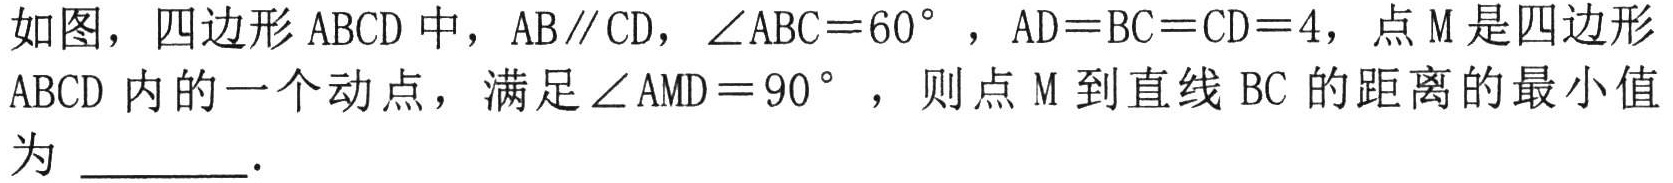
如图，四边形 \(ABCD\) 中，\(AB\parallel CD\)，\(\angle ABC = 60^{\circ}\)，\(AD = BC = CD = 4\)，点 \(M\) 是四边形 \(ABCD\) 内的一个动点，满足\(\angle AMD = 90^{\circ}\)，则点 \(M\) 到直线 \(BC\) 的距离的最小值为 \_\_\_\_\_.